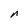
Character: n